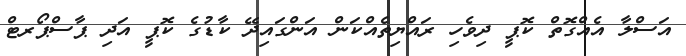
އަސްލާ އެއްގޮތް ކޮޕީ ދިވެހި ރައްޔިތެއްކަން އަންގައިދޭ ކާޑުގެ ކޮޕީ އަދި ޕާސްޕޯރޓް